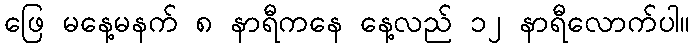
ဖြေ မနေ့မနက် ၈ နာရီကနေ နေ့လည် ၁၂ နာရီလောက်ပါ။